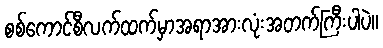
စစ်ကောင်စီလက်ထက်မှာအရာအားလုံးအတက်ကြီးပါပဲ။